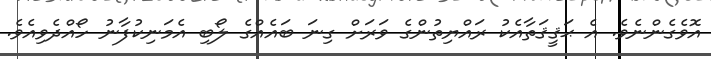
އޮވެގެންނެވެ. އެ ޙަޤީޤަތާއެކު ރައްޔިތުންގެ ވަރަށް ގިނަ ބައެއްގެ ލޯބި އެމަނިކުފާނު ހޯއްދެވިއެވެ.